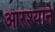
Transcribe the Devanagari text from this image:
आरश्याने